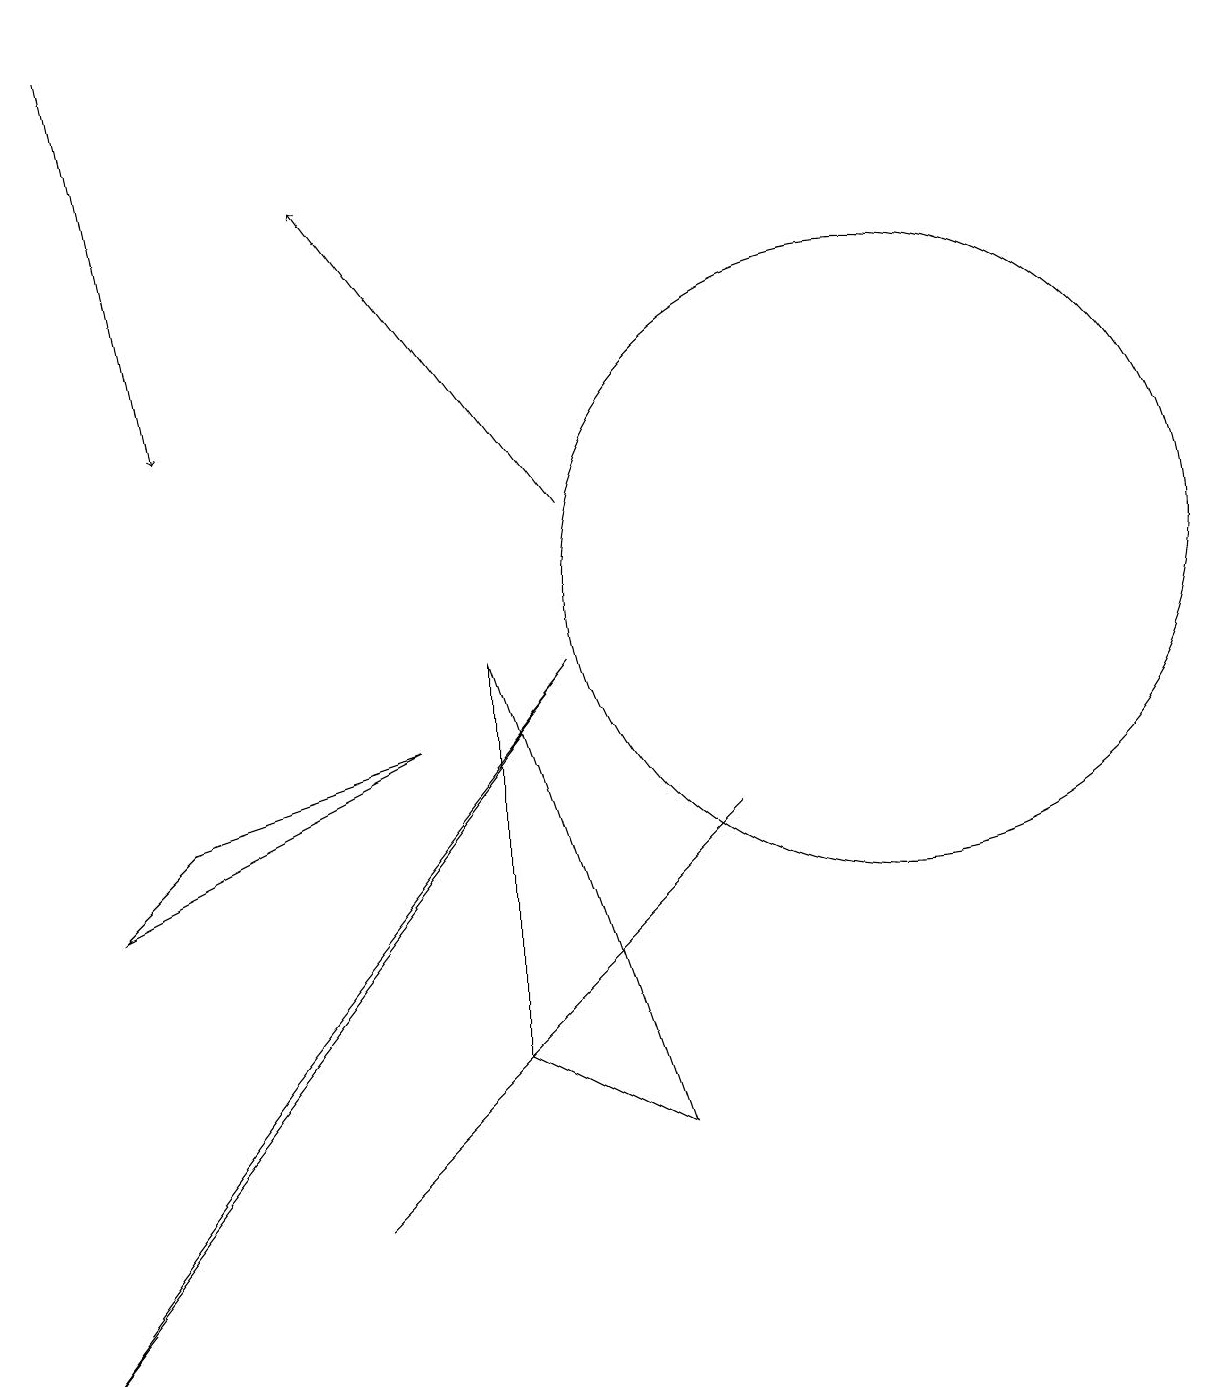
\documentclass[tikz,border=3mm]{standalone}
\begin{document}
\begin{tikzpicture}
\draw (11,10) circle (4);
\draw[->] (7,11) -- (4,15);
\draw (9,7) -- (4,2) -- (5,3) -- cycle;
\draw (3,4) -- (7,9) -- (0,0) -- cycle;
\draw (6,4) -- (6,9) -- (8,3) -- cycle;
\draw (2,7) -- (1,6) -- (5,8) -- cycle;
\draw[->] (1,17) -- (2,12);
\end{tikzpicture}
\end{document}